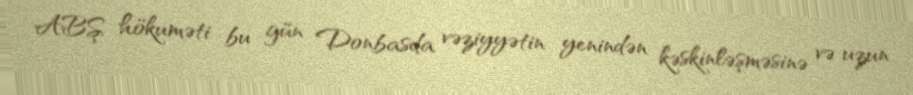
ABŞ hökuməti bu gün Donbasda vəziyyətin yenindən kəskinləşməsinə və uzun